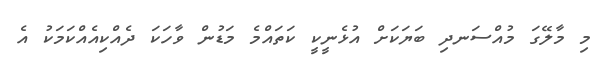
މި މާލޭގަ މުއްސަނދި ބަޔަކަށް އުޅެނީކީ ކަތައްމެ މަޑުން ވާހަކަ ދެއްކިއެއްކަމަކު އެ